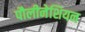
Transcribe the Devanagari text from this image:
पौलीनेशियन